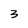
Character: 3